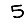
Digit: 5